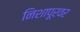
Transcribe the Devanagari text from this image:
निशापूरवर